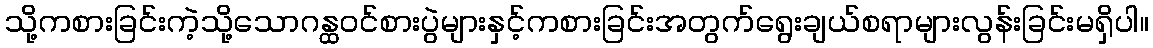
သို့ကစားခြင်းကဲ့သို့သောဂန္ထဝင်စားပွဲများနှင့်ကစားခြင်းအတွက်ရွေးချယ်စရာများလွန်းခြင်းမရှိပါ။